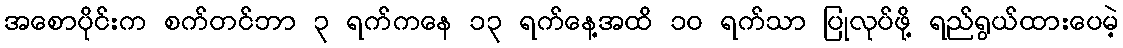
အစောပိုင်းက စက်တင်ဘာ ၃ ရက်ကနေ ၁၃ ရက်နေ့အထိ ၁၀ ရက်သာ ပြုလုပ်ဖို့ ရည်ရွယ်ထားပေမဲ့